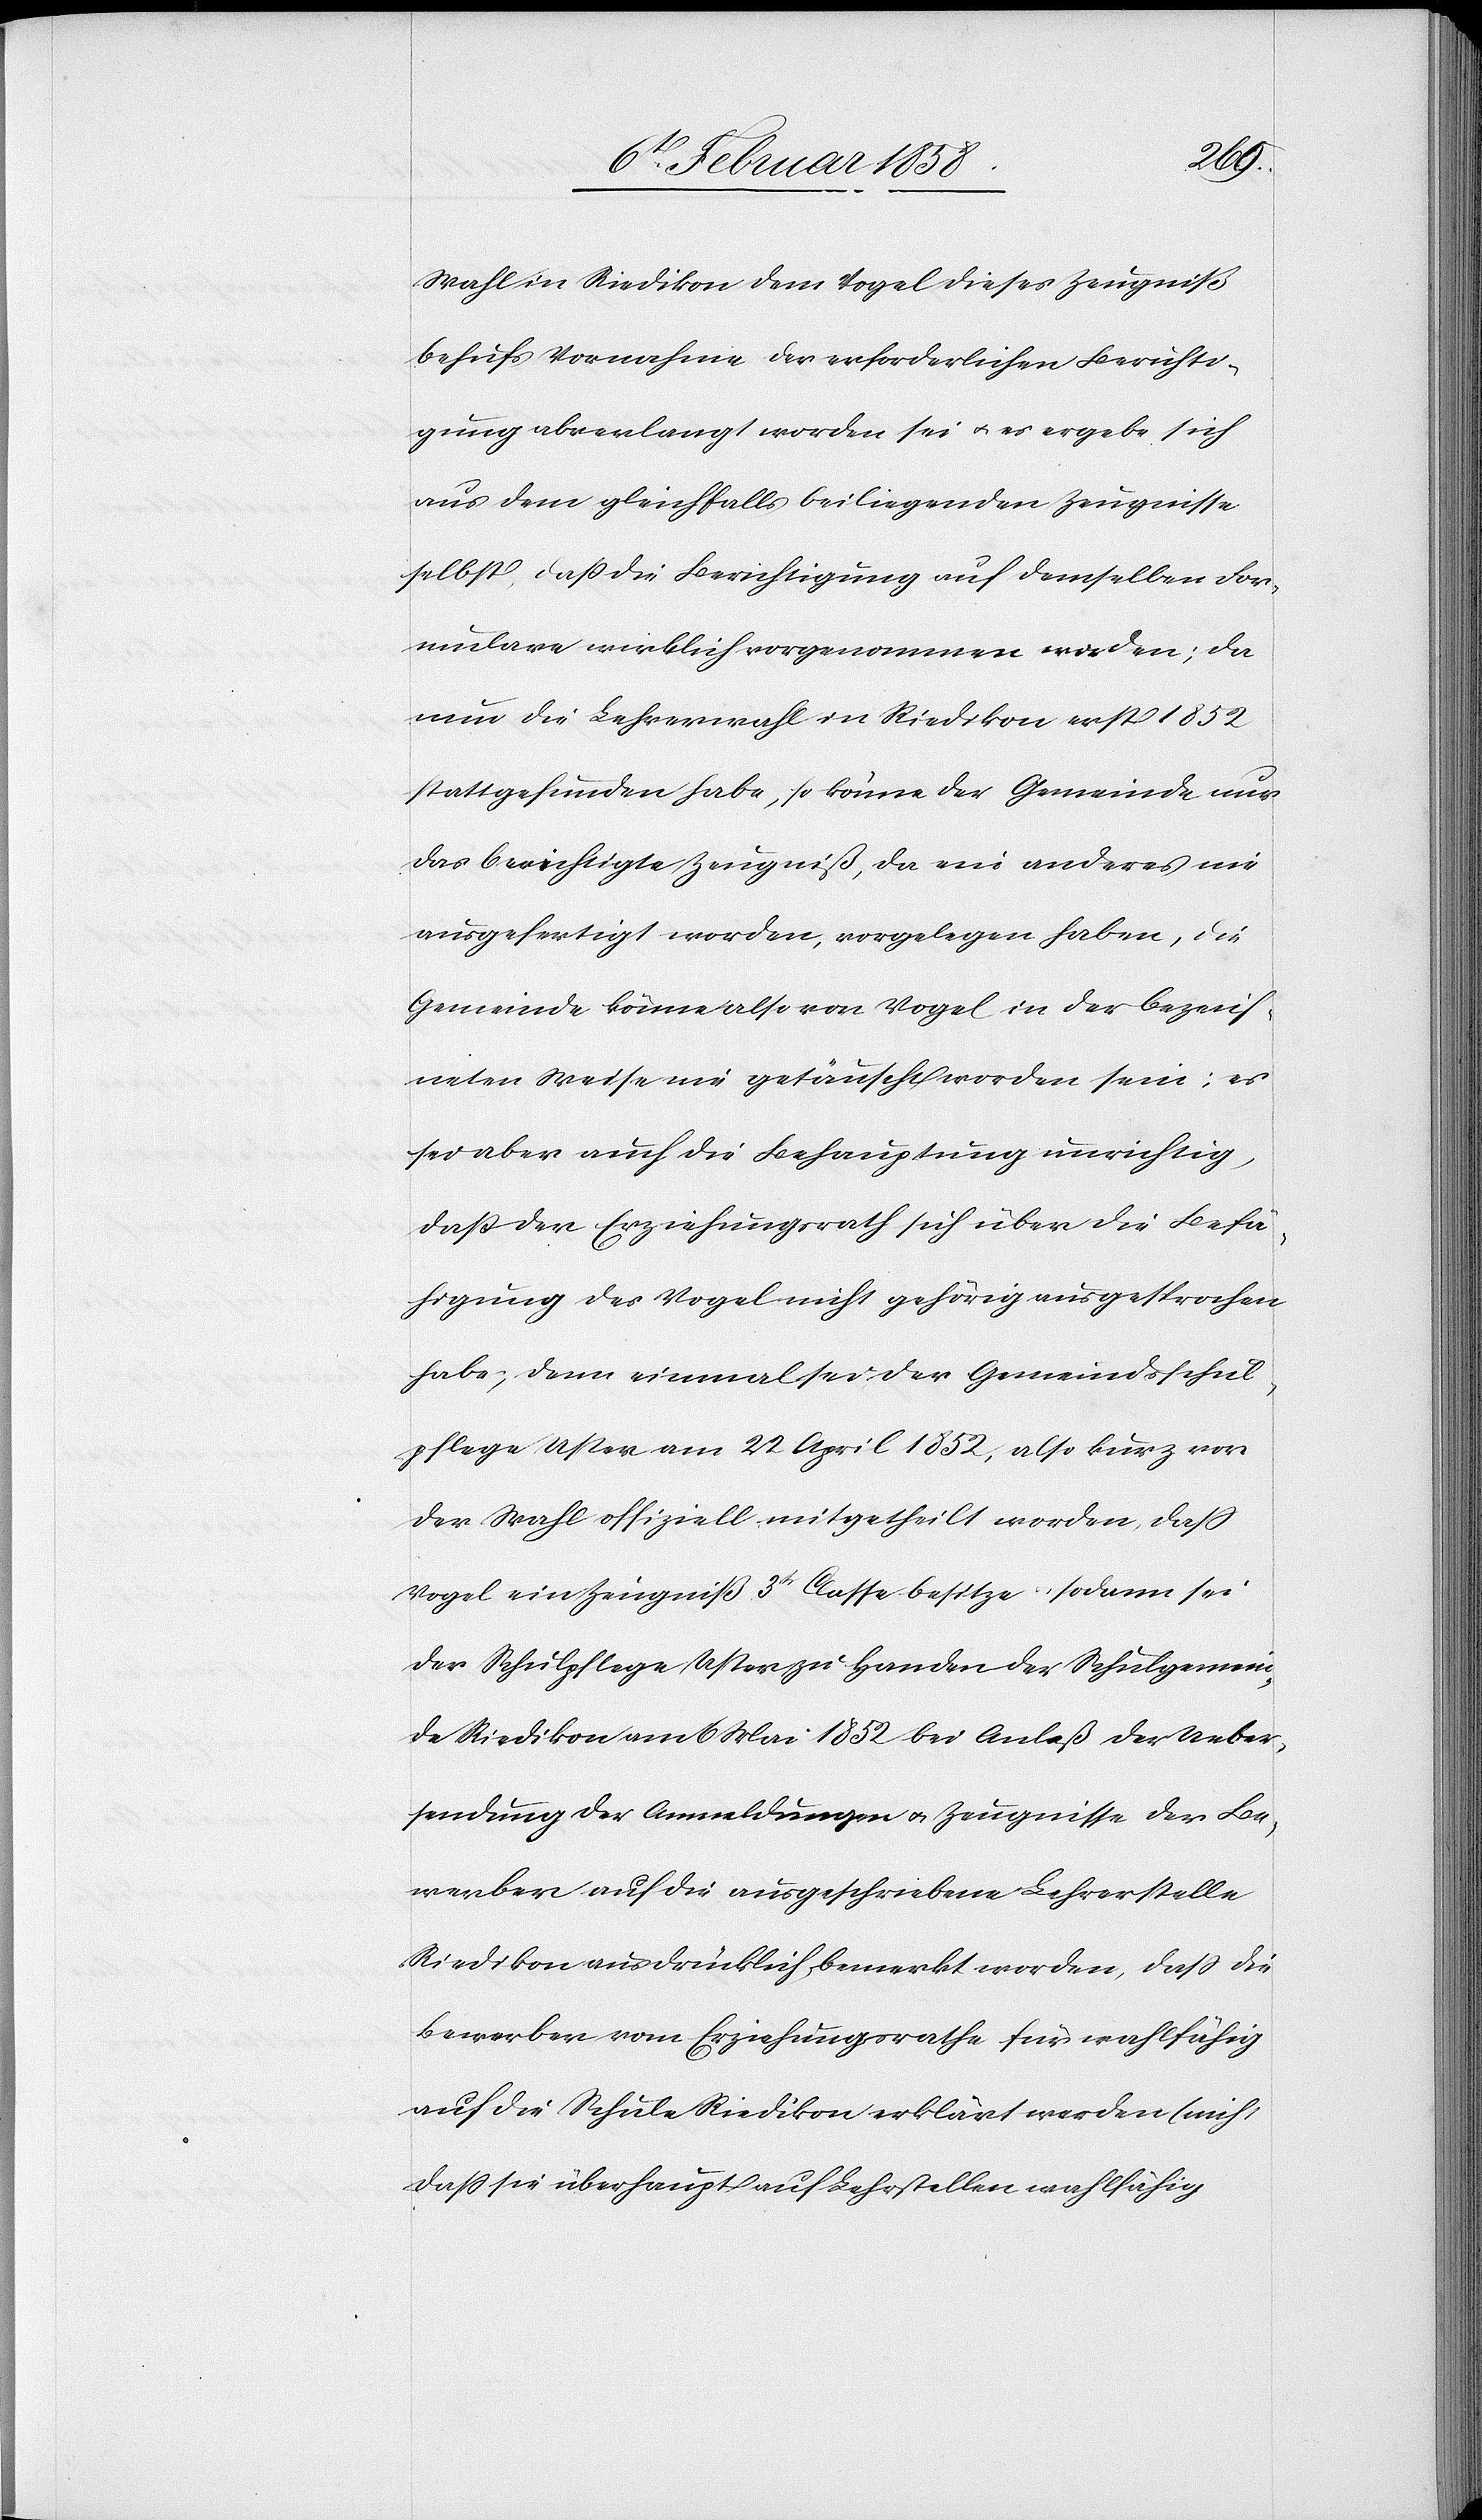
Wahl in Riedikon dem Vogel dieses Zeugniß
behufs Vornahme der erforderlichen Berichti¬
gung abverlangt worden sei u. es ergebe sich
aus dem gleichfalls beiliegenden Zeugnisse
selbst, daß die Berichtigung auf demselben For¬
mulare wirklich vorgenommen worden; da
nun die Lehrerwahl in Riedikon erst 1852
stattgefunden habe, so könne der Gemeinde nur
das berichtigte Zeugniß, da ein anderes nie
ausgefertigt worden, vorgelegen haben, die
Gemeinde könne also von Vogel in der bezeich¬
neten Weise nie getäuscht worden sein; es
sei aber auch die Behauptung unrichtig,
daß der Erziehungsrath sich über die Befä¬
higung des Vogel nicht gehörig ausgesprochen
habe; denn einmal sei der Gemeindsschul¬
pflege Uster am 22 April 1852, also kurz vor
der Wahl offizielle mitgetheilt worden, daß
Vogel ein Zeugniß 3tr Classe besitze, sodann sei
der Schulpflege Uster zu Handen der Schulgemein¬
de Riedikon am 6 Mai 1852 bei Anlaß der Ueber¬
sendung der Anmeldungen u. Zeugnisse der Be¬
werber auf die ausgeschriebene Lehrstelle
Riedikon ausdrücklich bemerkt worden, daß die
Bewerber vom Erziehungsrathe für wahlfähig
auf die Schule Riedikon erklärt werden (nicht,
daß sie überhaupt auf Lehrstellen wahlfähig